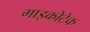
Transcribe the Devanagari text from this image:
माइक्रोटेक